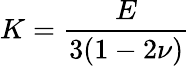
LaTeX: K=\frac{E}{3(1-2\nu)}